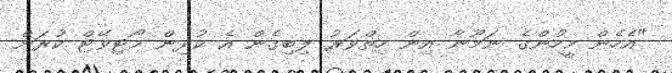
"އެހެން މީހުންގެ ނަމޫނާ އިން ހިތްވަރު ލިބިގެން އެ ކުދިން މޯޓިވޭޓް ކުރަން